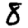
Digit: 8